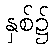
နှစ်၌